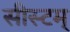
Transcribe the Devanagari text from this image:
सीस्टम्